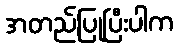
အတည်ပြုပြီးပါက